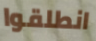
انطلقوا